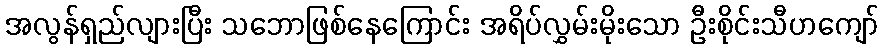
အလွန်ရှည်လျားပြီး သဘောဖြစ်နေကြောင်း အရိပ်လွှမ်းမိုးသော ဦးစိုင်းသီဟကျော်